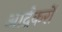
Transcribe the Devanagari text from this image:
आर्द्रकरों